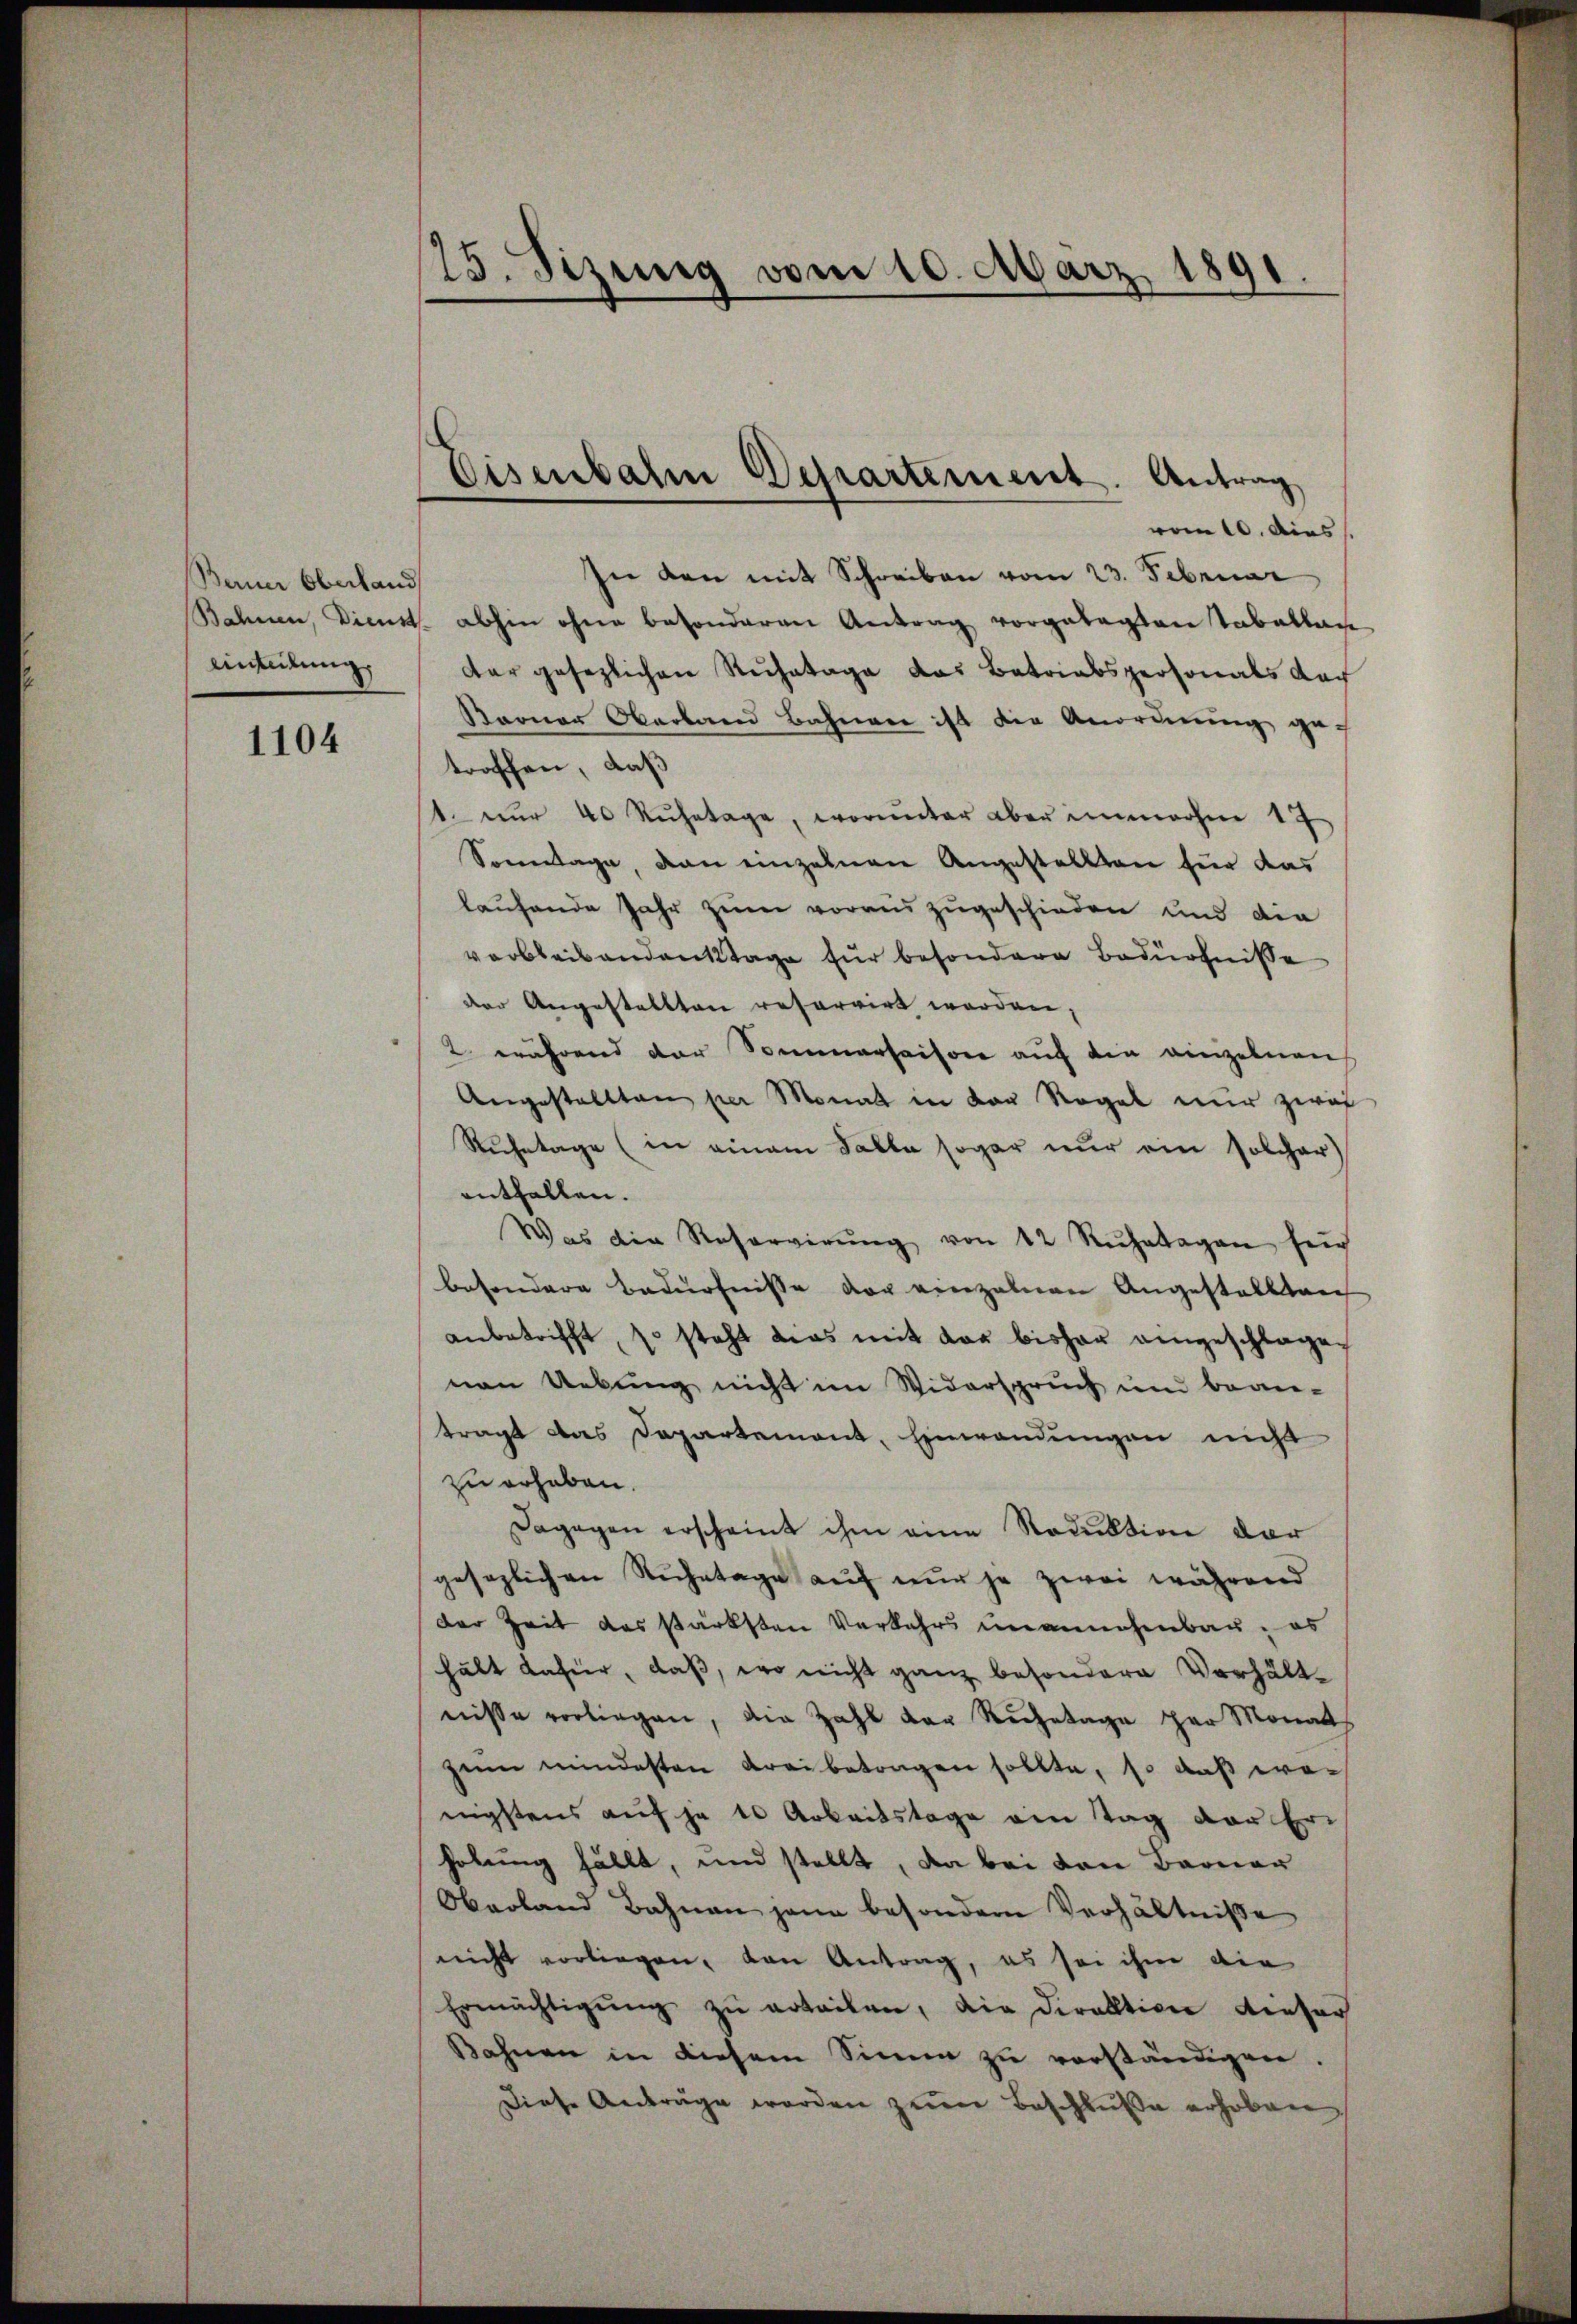
Berner Oberland
Einteilung

1104

175. Sizung vom 10. März 1891
e

Eisenbahn Departement. Antrag

vom 10. dies
In den mit Schreiben vom 23. Februar
Bahnen, Dienst abhin ohne besonderen Antrag vorgetagten Tabellan
dar gesezlichen Ruhetage das Batriabspersonals Nach
Barner Oberband Bahnere ist die Anordnung ge
troffen, daß
t. nŭr 40 Rŭhetage, worunter aber innehm 17
Sonntage, dan einzelnen Angestellten für das
laufende Jahr zum voraus zugeschieden und die
verbleibendanktage für besondere Bedürfnisse
der Angestellten reservirt werden,
2 während der Sommersaison auf die einzelnen
Angestallten per Monat in der Regel nur zwei
Ruhetage (in einem Falle sogar nur ein solcher
enthallen.
Was die Reservirŭng von 12 Ruhetagen sech
besondere Bedürfnisse vor einzelnen Angestellten
anbetrifft, so steht dies mit der bisher eingeschlagen
nen Uebung nicht im Widerspruch und bean-
tragt das Departemont, Einwendungen nicht
zu erhaben.
Dagegen erscheint ihm eine Reduktion dar
gesezlichen Ruhetage auf nur je zwei während
der Zeit des stärksten Verkehrs unannehmbar, es
hält dahier, daß, wo nicht ganz besondere Verhältnisse vorliegen, die Zahl der Ruhetage par Monats
zum mindesten drei betragen sollte, so daß wenigstens auf je 10 Arbeitstage ein Tag der Erhebung fällt, und stellt, da bei den Berner
Oberland Bahnen hann besondern Verhältniße
nicht vorliegen, von Antrag, es sei ihm die
Ermächtigŭng zŭ erteilen, die Direktion dieser
Bahnen in diesem Sinne zu vorständigen.
Diese Anträge werden zum Beschluße erhoben